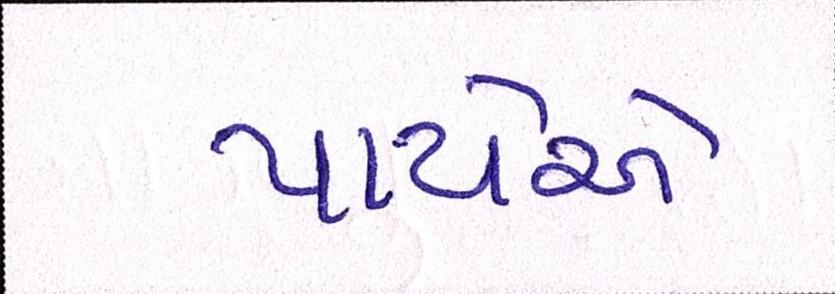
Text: પાયેએ